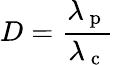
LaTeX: D=\frac{\lambda_{\mathrm{~p~}}}{\lambda_{\mathrm{~c~}}}